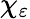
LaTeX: \chi_{\varepsilon}